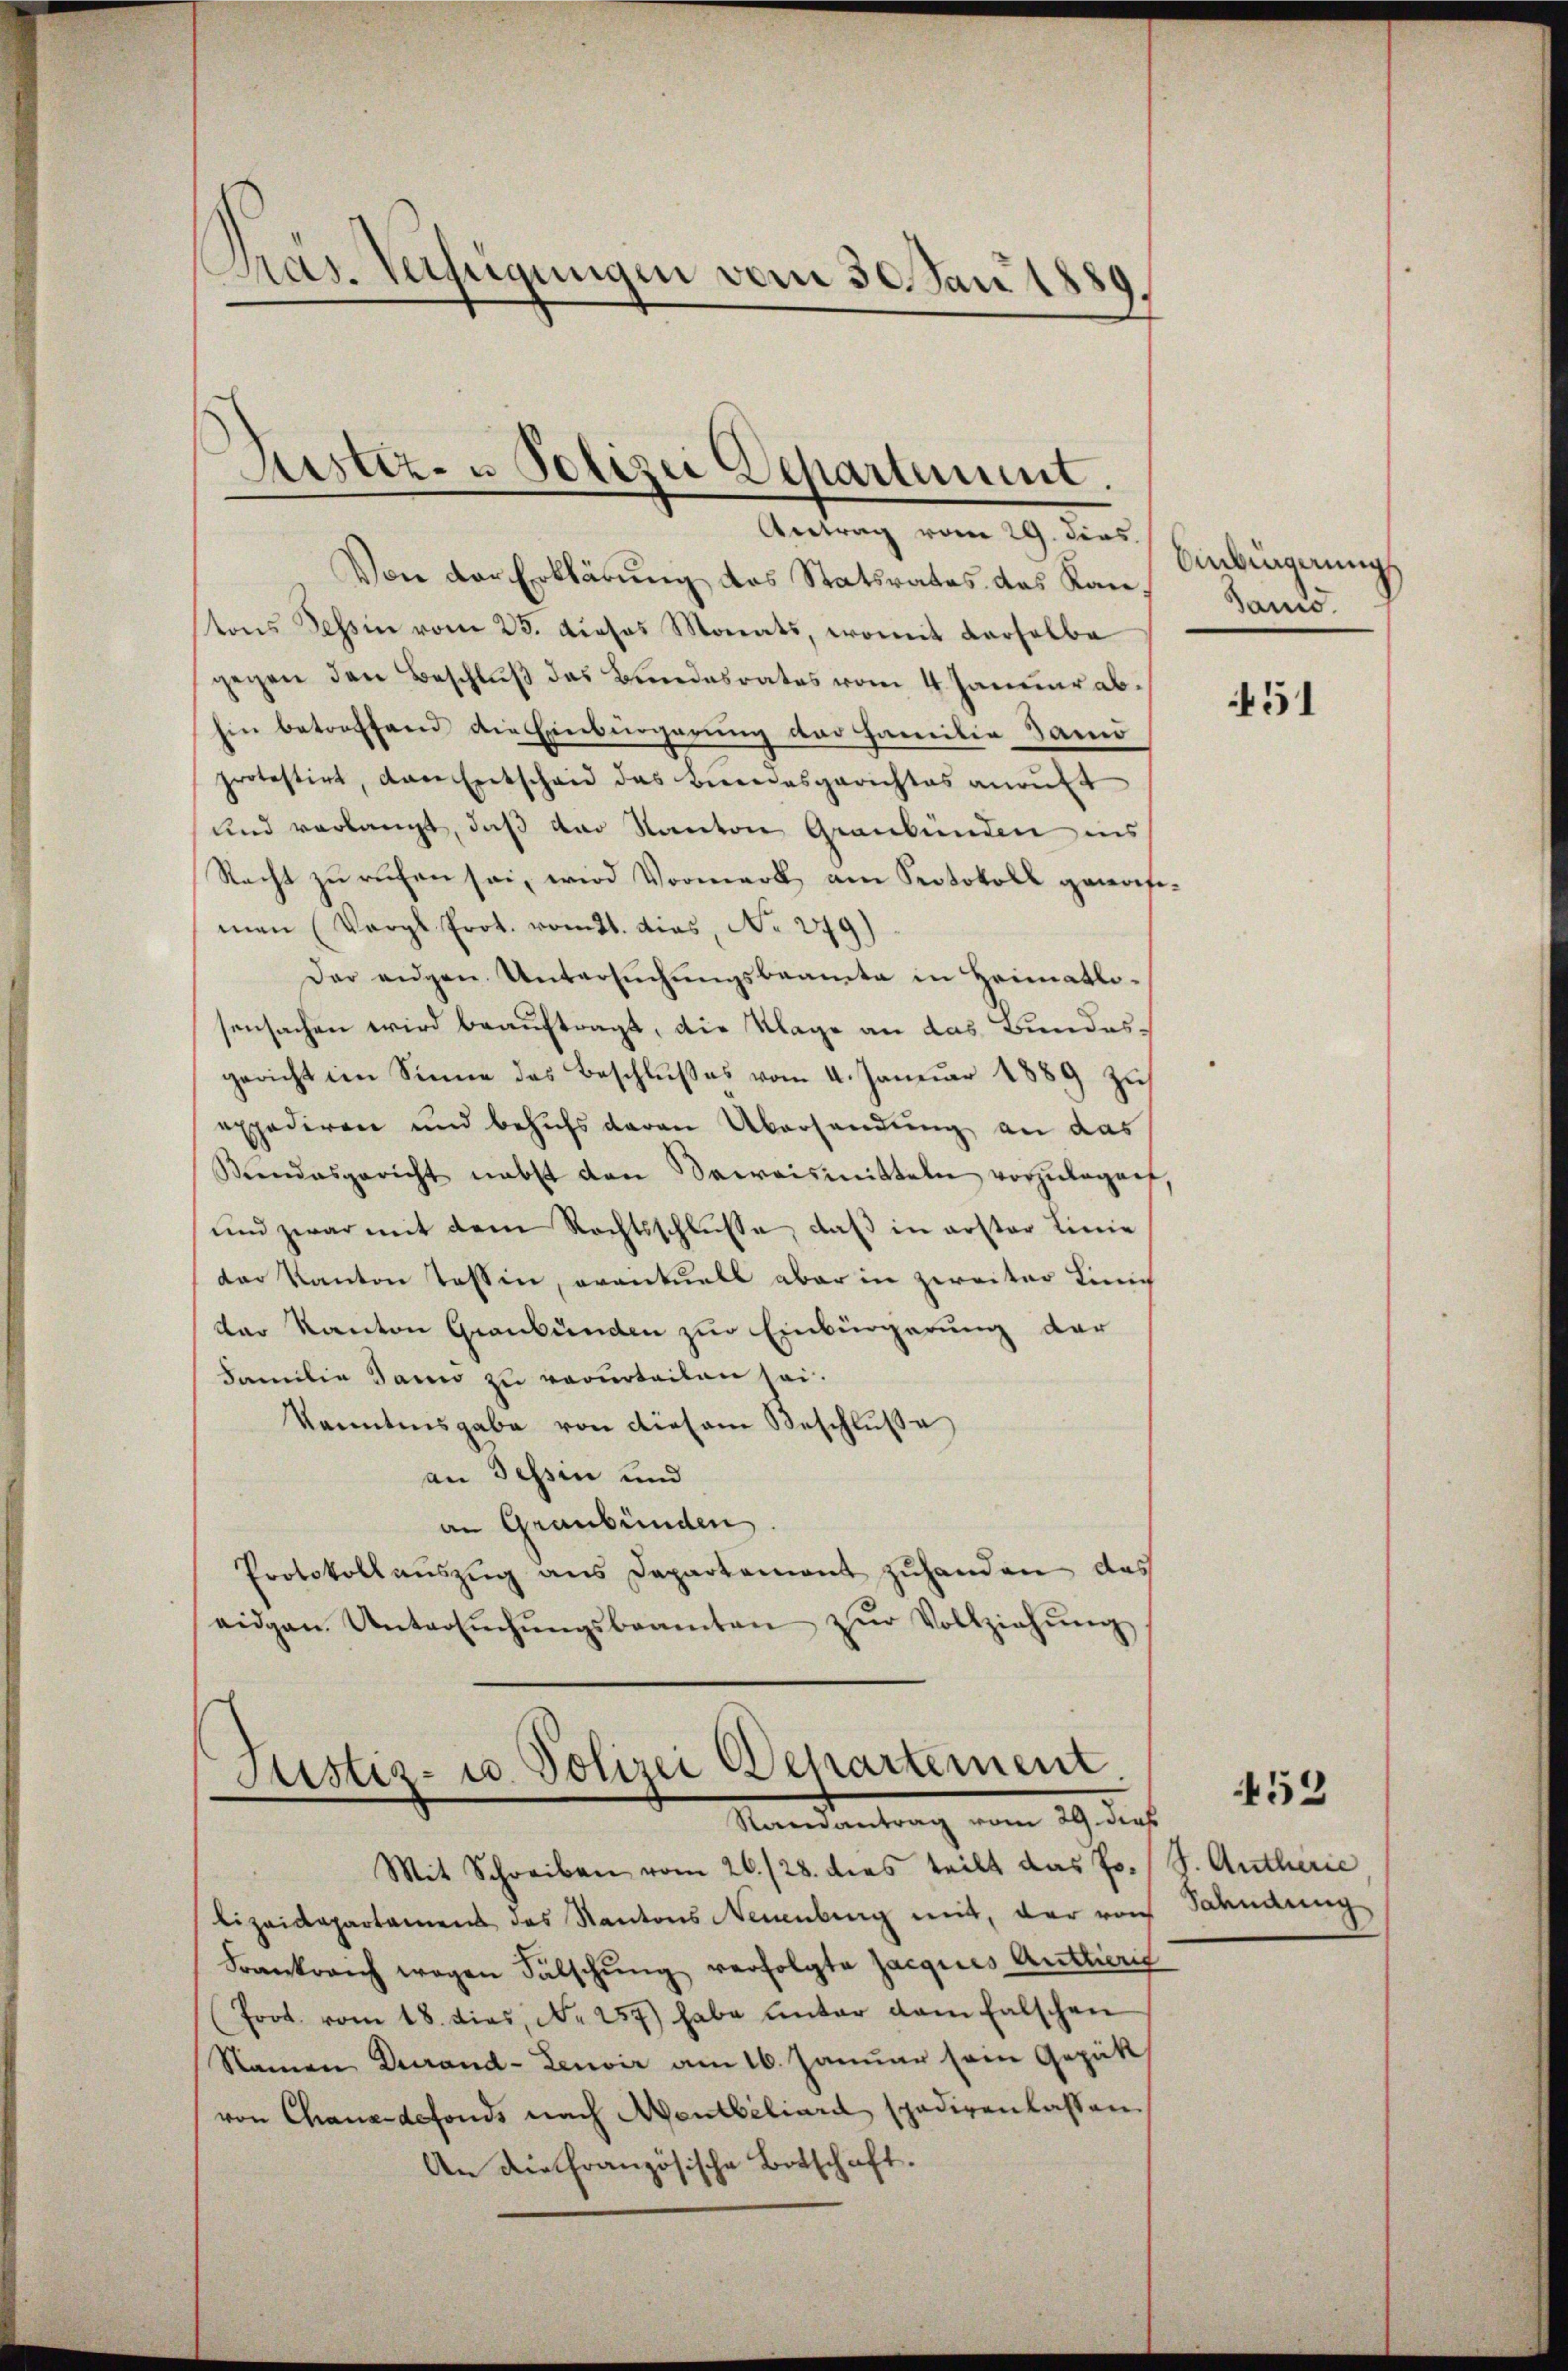
Pras. Verfügungen vom 30. Jan 1889.

Justiz- u Polizei Departement.
Antrag vom 29. dies

Von der Erklärung des Statsrates des Kantons Tessin vom 23. dieses Monats, womit derselbe
gegen den Beschluß des Bundesrates vom 4. Januar ab¬
Ein betroffend die Einbürgerung der Familie Samo
protestirt, das Entscheid das Bundesgerichtes anruft
und verlangt, daß der Kanton Graubünden ins
Recht zu rechen sei, wird Vormerk am Protokoll gewaseman (Vergl. Prot. vomtt. dies, No. 279)
Der eidgen Untersŭchŭngsbeamte in Heimatli-
sensachen wird beauftragt, die Klage an das Bundesgericht im Sinne des Beschlŭβes vom 4. Januar 1889 zu
expediren und behufs daran Übersendung an das
Kundesgericht nebst den Saweismitteln vorzŭlegent,
und zwar mit dem Rechtsschlüsse, daß in erster Linie
der Kanton Tessin, eventuell aber in zweiter Linic
der Kanton Graubünden zur Einbürgerung der
Familie dann zu verurteilen sei.
kanntnisgabe von diesem Beschluße
an Tessin und
an Graubünden.
Protokoll aŭszŭg ans Departement zuhanden das
eidgan Untersŭchŭngsbeamten zŭr Vollziehŭng

Sistiz- u. Polizei Departement
e
Samantrag vom 29. dies

Mit Schreiben vom 26./28. dies teilt das Polizeidepartamens des Kantons Neuenburg mit, der von
Frankreich wegen Fälschŭng verfolgte Jacques Auttierig
Prot. vom 18. dies, N. 257) habe ŭnter dem falschen
Namen Durand-Lenvir am 16. Januar seine Gepäck
von Chaux-defonds nach Mentbiliard spediren lassen.
An die Französische Botschaft.

Anbingerung
Jano.

451

453

S. Autherie
Sahndung